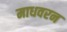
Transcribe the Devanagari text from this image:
माधवरन